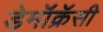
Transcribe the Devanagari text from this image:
डेमॉक्रॅसी